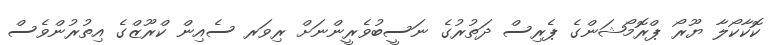
ކޮކާކޯލާ ޔޫރޯ ޕްރޮމޯޝަންގެ ޕެރިސް ދަތުރުގެ ނަސީބުވެރީންނަށް ރިވަރ ސެއިން ކްރޫޒްގެ އިތުރުންވެސް